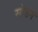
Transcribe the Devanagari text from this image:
सोडनं